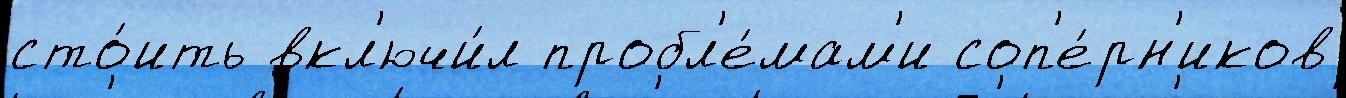
сто́ить вкл'ючи́л пробл'е́мам'и соп'е́рн'иков